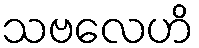
သဗလေဟိ